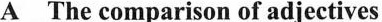
A The comparison of adjectives